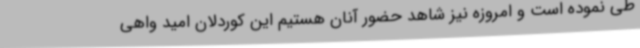
طی نموده است و امروزه نیز شاهد حضور آنان هستیم این کوردلان امید واهی